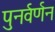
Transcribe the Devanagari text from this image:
पुनर्वर्णन